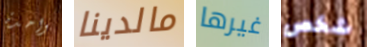
واحدة مالدينا غيرها شخص